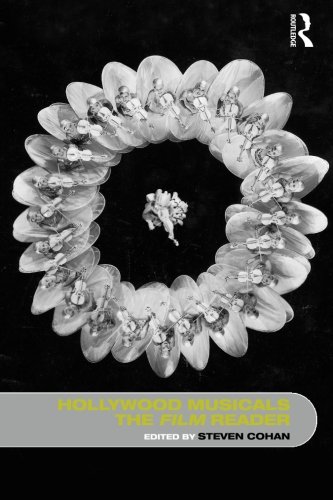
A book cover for Hollywood Musicals, The Film Reader (In Focus: Routledge Film Readers); Humor & Entertainment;